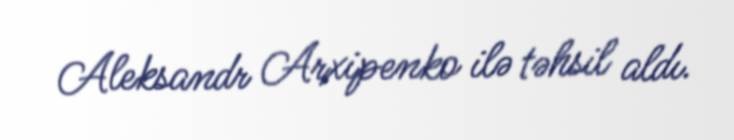
Aleksandr Arxipenko ilə təhsil aldı.